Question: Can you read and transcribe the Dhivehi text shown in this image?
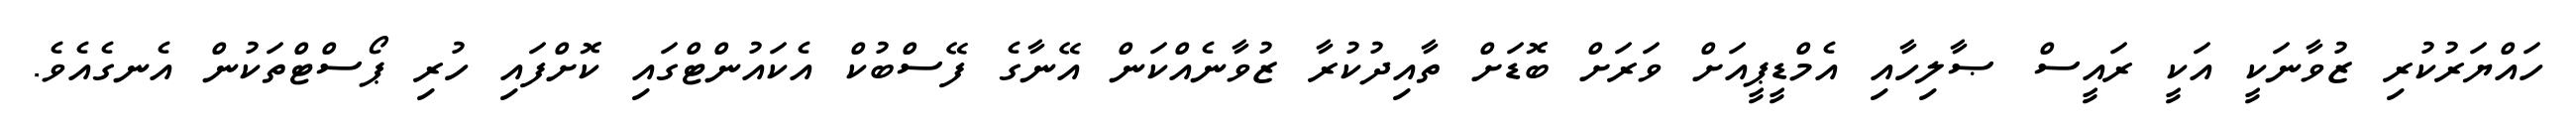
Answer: ހައްޔަރުކުރި ޒުވާނަކީ އަކީ ރައީސް ޞާލިހާއި އެމްޑީޕީއަށް ވަރަށް ބޮޑަށް ތާއިދުކުރާ ޒުވާނެއްކަން އޭނާގެ ފޭސްބުކް އެކައުންޓްގައި ކޮށްފައި ހުރި ޕޯސްޓްތަކުން އެނގެއެވެ.